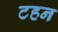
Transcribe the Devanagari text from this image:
टहन